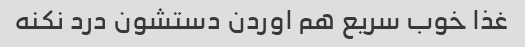
غذا خوب سریع هم اوردن دستشون درد نکنه